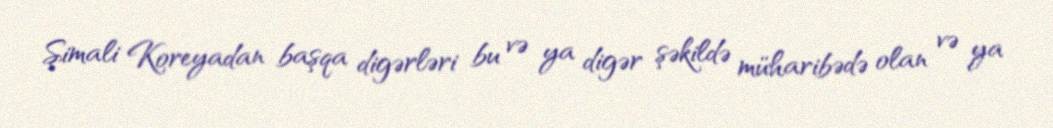
Şimali Koreyadan başqa digərləri bu və ya digər şəkildə müharibədə olan və ya